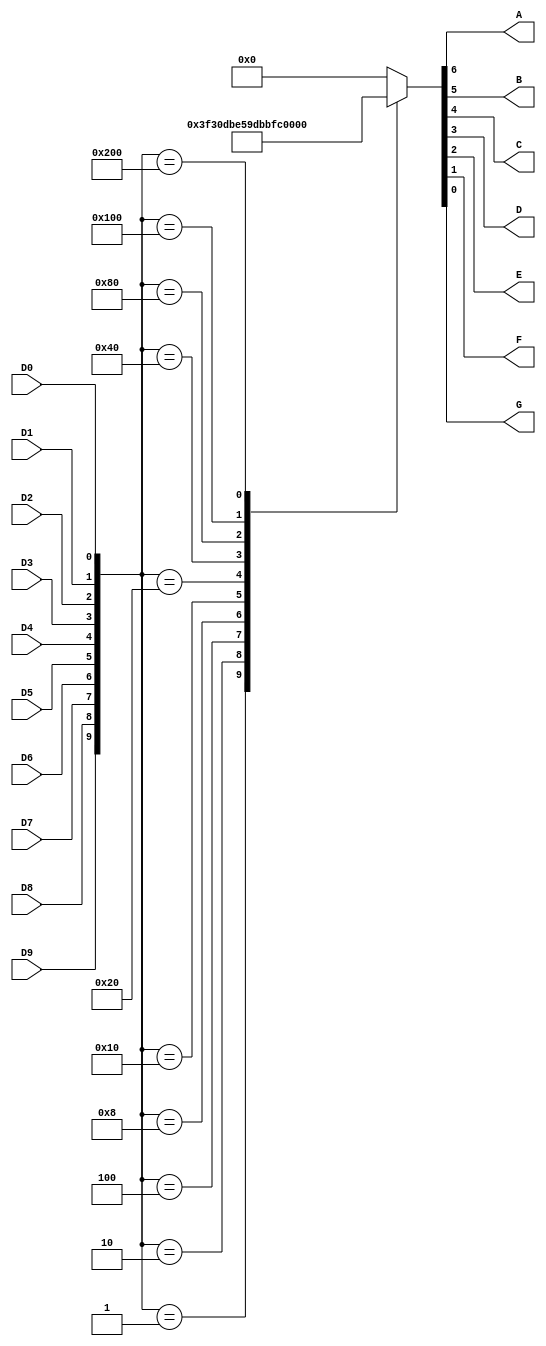
module BCD_to_7segment(
	D9, D8, D7, D6, D5, D4, D3, D2, D1, D0,
	A,B,C,D,E,F,G
);
input D9, D8, D7, D6, D5, D4, D3, D2, D1, D0;
output A,B,C,D,E,F,G;

reg [7:0] out;

always @(D9, D8, D7, D6, D5, D4, D3, D2, D1, D0)
begin
case({1'b0, 1'b0, D9, D8, D7, D6, D5, D4, D3, D2, D1, D0})
	12'b0000_0000_0001 : out <= 7'b1111110; //0
	12'b0000_0000_0010 : out <= 7'b0110000; //1
	12'b0000_0000_0100 : out <= 7'b1101101; //2
	12'b0000_0000_1000 : out <= 7'b1111001; //3
	12'b0000_0001_0000 : out <= 7'b0110011; //4
	12'b0000_0010_0000 : out <= 7'b1011011; //5
	12'b0000_0100_0000 : out <= 7'b1011111; //6
	12'b0000_1000_0000 : out <= 7'b1110010; //7
	12'b0001_0000_0000 : out <= 7'b1111111; //8
	12'b0010_0000_0000 : out <= 7'b1111011; //9
	default : out <= 7'b0000000; //NULL
endcase 
end

assign {A,B,C,D,E,F,G} = out;

endmodule